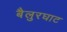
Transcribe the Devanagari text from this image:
बैलुरघाट